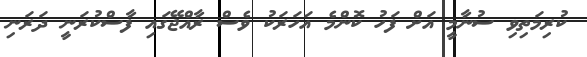
ކުރިމަތިވި ސުނާމީ އަށް ފަހު ކޮންމެ އަހަރަކު ވެސް ރާއްޖޭގައި ފާސްކުރަނީ ދަރަނި